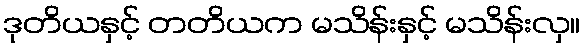
ဒုတိယနှင့် တတိယက မသိန်းနှင့် မသိန်းလှ။